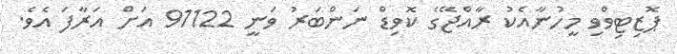
ޕޮޒިޓިވްވި މީހުނާއެކު ރާއްޖޭގެ ކޮވިޑް ނަންބަރު ވަނީ 91122 އަށް އަރާފަ އެވެ.